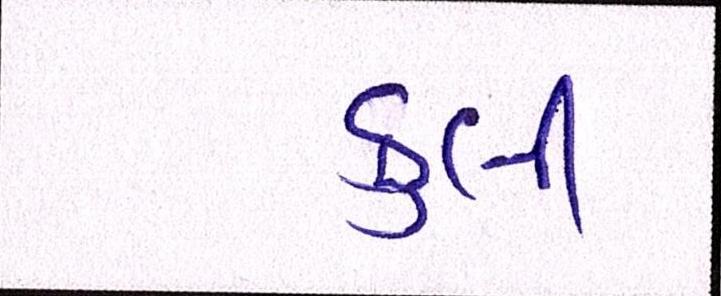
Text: કુલી